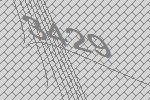
3429